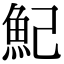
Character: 魢